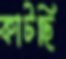
কাটছি